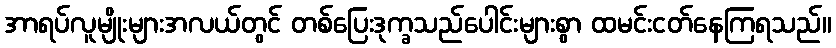
အာရပ်လူမျိုးများအလယ်တွင် တစ်ပြေးဒုက္ခသည်ပေါင်းများစွာ ထမင်းငတ်နေကြရသည်။